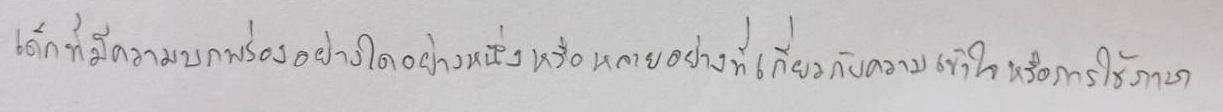
เด็กที่มีความบกพร่องอย่างใดอย่างหนึ่งหรือหลายอย่างที่เกี่ยวกับความเข้าใจหรือการใช้ภาษา